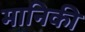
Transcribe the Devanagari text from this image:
मानिकी